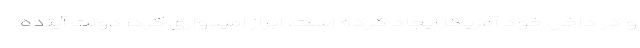
و در داخل خود آمریکا ایجاد کرده است، ابراز امیدواری کرد: دولت آینده